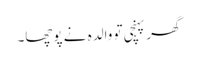
گھر پہنچی تو والدہ نے پوچھا۔